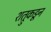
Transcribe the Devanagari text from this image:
शत्रुकडून